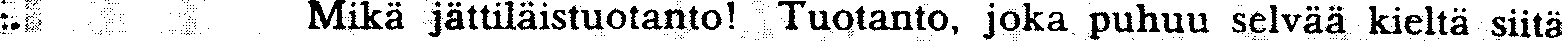
Mikä jättiläistuotanto! Tuotanto, joka puhuu selvää kieltä siitä